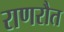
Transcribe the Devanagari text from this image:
राणरौत